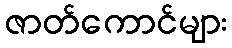
ဇာတ်ကောင်များ